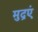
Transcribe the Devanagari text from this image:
मुद्रएं